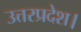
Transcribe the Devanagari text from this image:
उत्तरप्रदेश।